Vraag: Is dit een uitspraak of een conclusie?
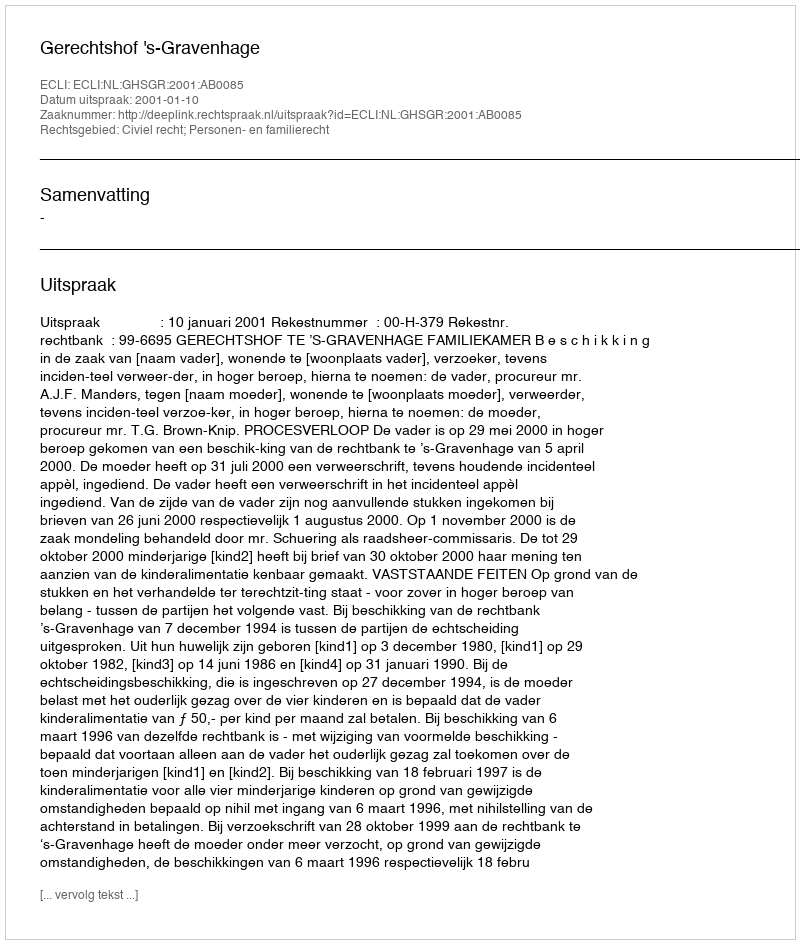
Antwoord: Uitspraak